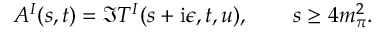
A ^ { I } ( s , t ) = \Im T ^ { I } ( s + \mathrm { i } \epsilon , t , u ) , \qquad s \geq 4 m _ { \pi } ^ { 2 } .